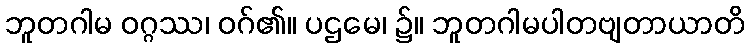
ဘူတဂါမ ဝဂ္ဂဿ၊ ဝဂ်၏။ ပဌမေ၊ ၌။ ဘူတဂါမပါတဗျတာယာတိ